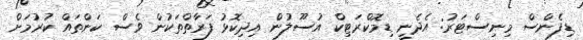
ޑިފެންސް މިނިސްޓަރު: އެދެނީ ޑިމޮކްރަޓިކް އުސޫލުން އިދިކޮޅު ފަރާތްތަކުން ވެސް ކަންތައް ކުރުމަށް